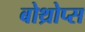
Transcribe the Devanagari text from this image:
बोथ्रोप्स